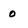
Character: o